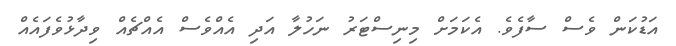
އަޑުކަން ވެސް ސާފެވެ. އެކަމަށް މިނިސްޓަރު ނަހުލާ އަދި އެއްވެސް އެއްޗެއް ވިދާޅުވެފައެއް